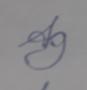
Signature authenticity: forged